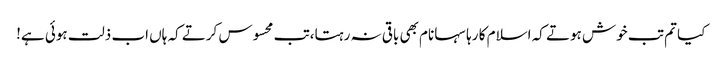
کیا تم تب خوش ہوتے کہ اسلام کا رہا سہا نام بھی باقی نہ رہتا،تب محسوس کرتے کہ ہاں اب ذلت ہوئی ہے!